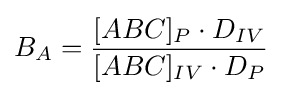
B_{A}={\frac {[ABC]_{P}\cdot D_{IV}}{[ABC]_{IV}\cdot D_{P}}}